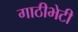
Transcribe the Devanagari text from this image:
गाठीभेटी